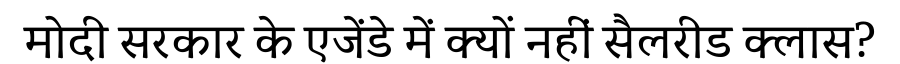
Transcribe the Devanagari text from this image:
मोदी सरकार के एजेंडे में क्यों नहीं सैलरीड क्लास?